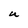
Character: U